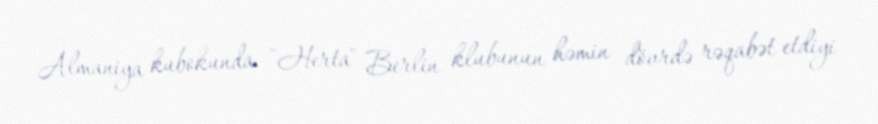
Almaniya kubokunda "Herta" Berlin klubunun həmin dövrdə rəqabət etdiyi